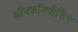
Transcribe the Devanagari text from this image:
ऑफ्लॉक्सैसिन